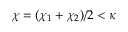
\chi = ( \chi _ { 1 } + \chi _ { 2 } ) / 2 < \kappa